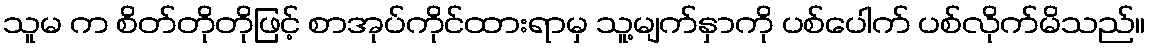
သူမ က စိတ်တိုတိုဖြင့် စာအုပ်ကိုင်ထားရာမှ သူ့မျက်နှာကို ပစ်ပေါက် ပစ်လိုက်မိသည်။